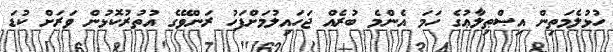
ހުޅުލެމަތިން އިޞްޠިލާޢުގެ ހަމަ އެންމެ ބުރެއް ޖަހައިލުމަށްފަހު ރަންވޭގެ އުތުރުކޮޅުން ވަރަށް ކުޑަ